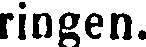
ringen.